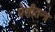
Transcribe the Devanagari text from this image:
पेशीतन्त्र